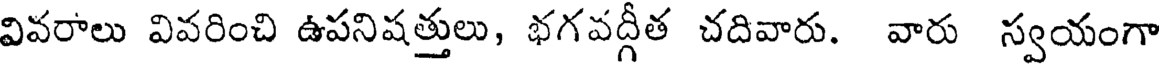
వివరాలు వివరించి ఉపనిషత్తులు, భగవద్గీత చదివారు. వారు స్వయంగా